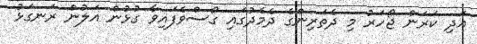
އަދި ކަރަން ޖޯހަރު މި ދެތަރިންގެ ދެމެދުގައި ގޯސްވެފައިވާ ގުޅުން އަލުން ރަނގަޅު